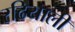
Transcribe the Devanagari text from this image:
रढियाली